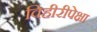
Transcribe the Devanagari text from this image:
विहीरीपेक्षा